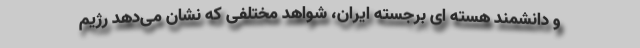
و دانشمند هسته ای برجسته ایران، شواهد مختلفی که نشان می‌دهد رژیم